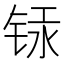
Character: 𰾁